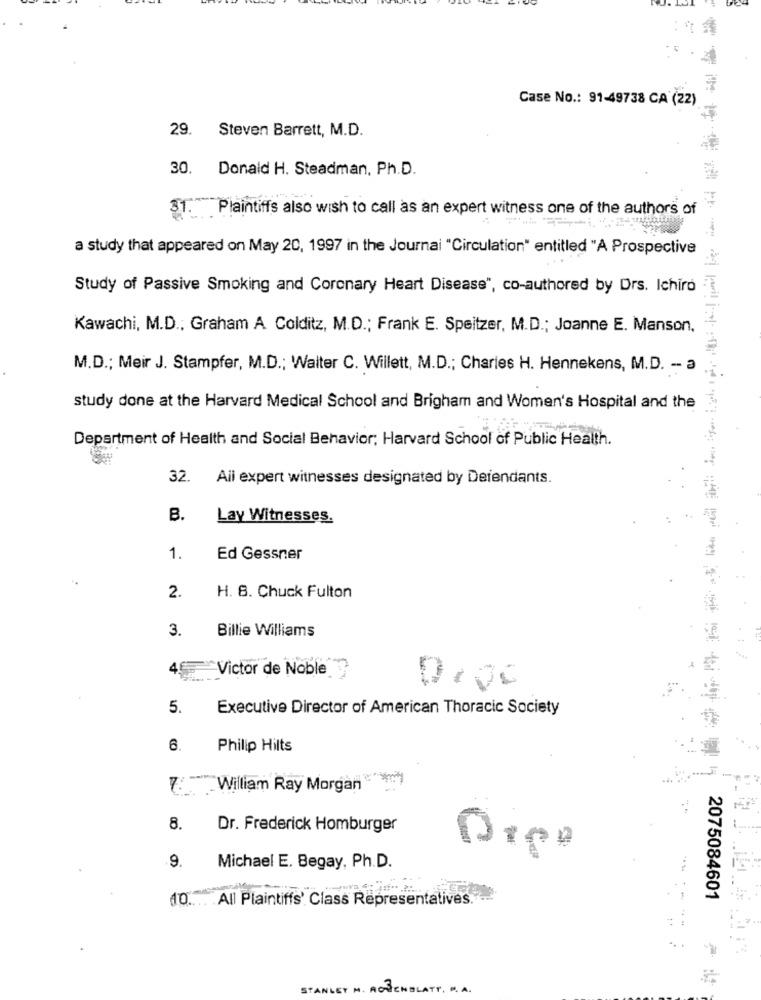
Case No .: 91-49738 CA (22)
29.
Steven Barrett, M.D.
30.
Donald H. Steadman, Ph.D.
31. Plaintiffs also wish to call as an expert witness one of the authors of
a study that appeared on May 20, 1997 in the Journal "Circulation" entitled "A Prospective
Study of Passive Smoking and Coronary Heart Disease", co-authored by Drs. Ichiro
Kawachi, M.D ., Graham A Colditz, M.D .; Frank E. Speitzer, M.D .; Joanne E. Manson,
M.D .; Meir J. Stampfer, M.D .; Waiter C. Willett, M.D .; Charles H. Hennekens, M.D. - a
study done at the Harvard Medical School and Brigham and Women's Hospital and the
Department of Health and Social Behavior; Harvard School of Public Health.
32. All expert witnesses designated by Defendants.
B.
Lay Witnesses.
1.
Ed Gessner
2.
H. 8. Chuck Fulton
3.
Billie Williams
Victor de Noble
5.
Executive Director of American Thoracic Society
6.
Philip Hilts
7: William Ray Morgan
8.
Dr. Frederick Homburger
9.
Michael E. Begay, Ph.D.
All Plaintiffs' Class Representatives."
-
2075084601
STANLEY M. ROSENBLATT, ". A.